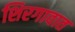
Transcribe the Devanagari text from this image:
शिरगावात